system: You are a helpful assistant.
user:
Analyze the provided spectrum to determine if it is a **Carbon Star (C-type)**.

- **Key Visual Indicators of Carbon Star:**
    - **(Primary):** Strong molecular absorption from **C₂ (diatomic carbon) "Swan Bands."** This is the **defining feature** of a carbon star.
        - **(Key Bandheads):** Sharp absorption edges are visible at approximately $5635$ Å, $5165$ Å (the strongest band), and $4737$ Å.
        - **(Line Profile):** Creates a distinct **"saw-tooth"** pattern. The key morphology is a sharp, steep bandhead on the **red (long-wavelength) side**, which then gradually tapers off (i.e., flux recovers) towards the **blue (short-wavelength) side**. *(This is the direct opposite of the TiO bands seen in M-type stars)*.

    - **(Secondary):** Intense **CN (cyanogen)** molecular absorption bands.
        - **(Key Bandheads):** Located in the blue and violet regions of the spectrum (e.g., near $4215$ Å and $3883$ Å).
        - **(Morphology):** These bands are extremely broad and act as a "blanket," absorbing the vast majority of blue and violet light. This creates a characteristic **"cliff"** or **"steep drop-off"** in the spectrum's flux at short wavelengths.

    - **(Key Confirmation):** Strong **CH absorption band (G-band)**.
        - **(Key Bandhead):** Located around $4300$ Å. The contribution from CH molecules to this band is exceptionally strong.

    - **(Overall Spectrum):**
        - The continuum is severely "chopped up" by these deep molecular bands, especially C₂, rather than appearing as a smooth curve.
        - Due to the heavy CN and C₂ absorption in the blue-green, the vast majority of the star's flux is concentrated in the red part of the spectrum, giving the star its characteristic deep red color.

Think first, call **spectral_visualization_tool** if needed to examine features in detail, then provide your final answer. Your response must adhere to the following strict rules:
1.  **Overall Structure:** Your response must follow the format `<think>...</think> <tool_call>...</tool_call> (if a tool is used) <answer>...</answer>`.
2.  **Tool Usage Constraint:** You may only make **one** tool call per turn.
3.  **Final Answer Format:** In the `<answer>` tag, your conclusion must be inside a `\boxed{}` command (e.g., `\boxed{YES}`), followed by your justification.

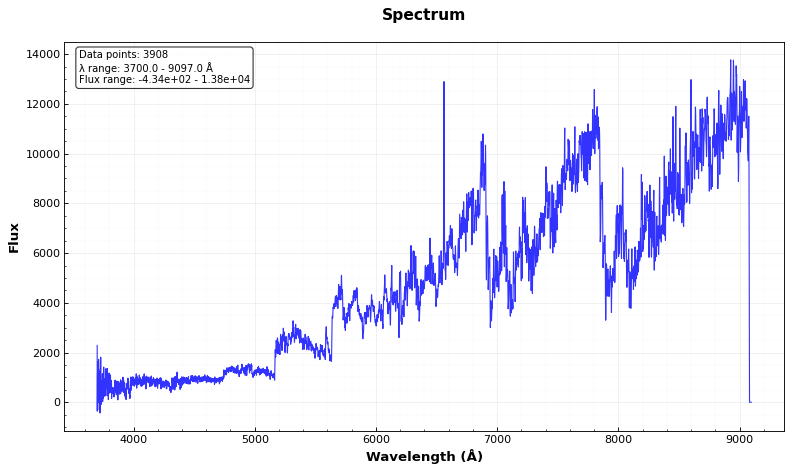
Answer: YES